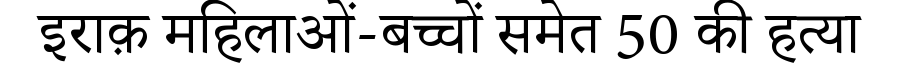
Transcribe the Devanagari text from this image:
इराक़ महिलाओं-बच्चों समेत 50 की हत्या